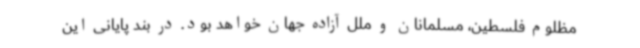
مظلوم فلسطین، مسلمانان و ملل آزاده جهان خواهد بود. در بند پایانی این